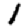
Digit: 1